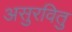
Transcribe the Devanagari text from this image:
असुरवितु